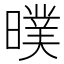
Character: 𣊪